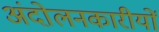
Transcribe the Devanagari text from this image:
अंदोलनकारीयों